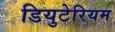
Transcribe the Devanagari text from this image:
डियुटेरियम